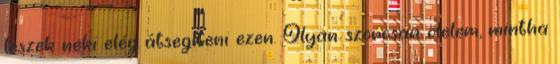
leszek neki elég átsegíteni ezen. Olyan szorosan ölelem, mintha